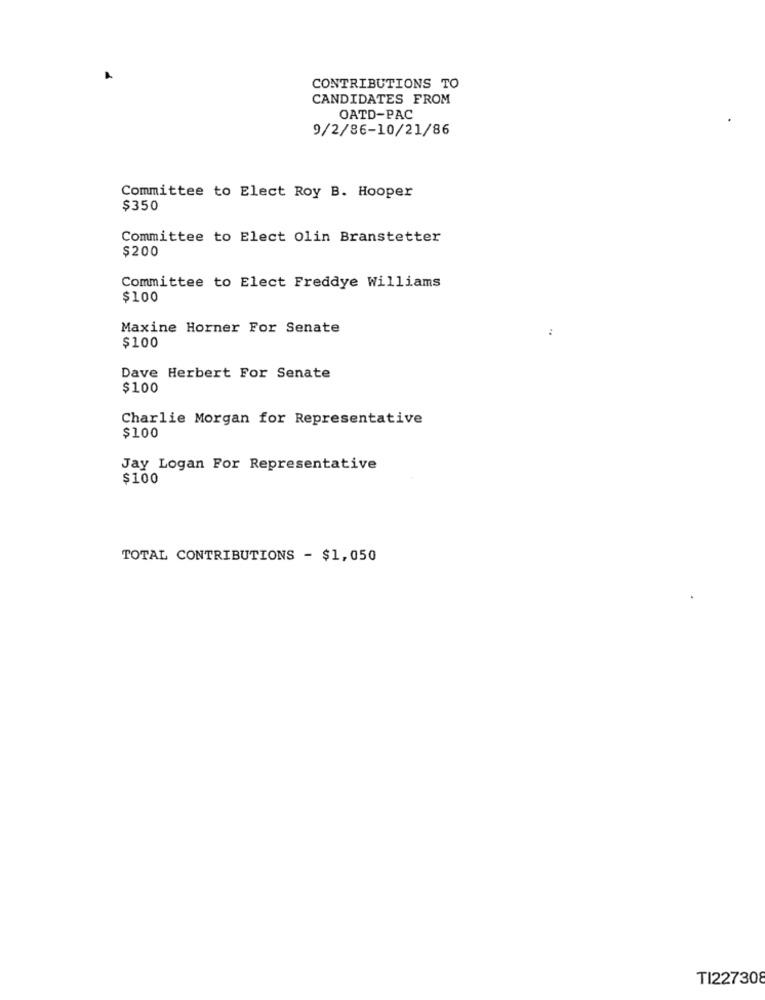
CONTRIBUTIONS TO
CANDIDATES FROM
OATD-PAC
9/2/86-10/21/86
Committee to Elect Roy B. Hooper
$350
Committee to Elect Olin Branstetter
$200
Committee to Elect Freddye Williams
$100
Maxine Horner For Senate
$100
Dave Herbert For Senate
$100
Charlie Morgan for Representative
$100
Jay Logan For Representative
$100
TOTAL CONTRIBUTIONS - $1,050
TI227308